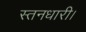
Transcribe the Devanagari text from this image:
स्तनधारी।